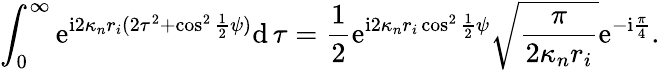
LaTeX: \int_{0}^{\infty}\mathrm{e}^{\mathrm{i}2\kappa_{n}r_{i}(2\tau^{2}+\cos^{2}\frac{1}{2}\psi)}\mathrm{d}\, \tau=\frac{1}{2}\mathrm{e}^{\mathrm{i}2\kappa_{n}r_{i}\cos^{2}\frac{1}{2}\psi}\sqrt{\frac{\pi}{2\kappa_{n}r_{i}}}\mathrm{e}^{-\mathrm{i}\frac{\pi}{4}}.